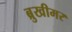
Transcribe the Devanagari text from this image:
ब्रुखीमर